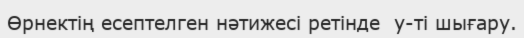
Өрнектің есептелген нәтижесі ретінде  у-ті шығару.